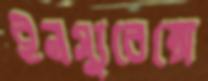
ইনস্যুরেন্সে